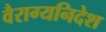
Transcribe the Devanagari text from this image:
वैराग्यनिदेश